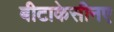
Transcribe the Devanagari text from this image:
बीटाकेसीनए